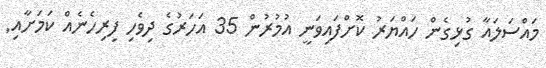
މައްސަލައާ ގުޅިގެން ހައްޔަރު ކޮށްފައިވަނީ އުމުރުން 35 އަހަރުގެ ދިވެހި ފިރިހެނެއް ކަމަށާއި